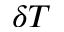
\delta T